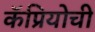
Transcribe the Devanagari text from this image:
कॅप्रियोची